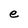
Character: e